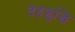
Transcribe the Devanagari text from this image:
देहशुद्धि